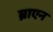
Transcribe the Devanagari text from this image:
ब्राएन